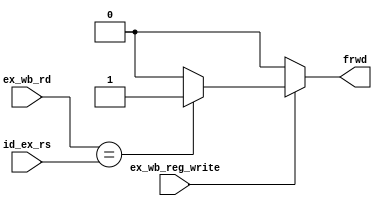
`timescale 1ns / 1ps
//////////////////////////////////////////////////////////////////////////////////
// Company: 
// Engineer: 
// 
// Design Name: 
// Module Name: frwdng_unit
// Project Name: 
// Target Devices: 
// Tool Versions: 
// Description: 
// 
// Dependencies: 
// 
// Revision:
// Revision 0.01 - File Created
// Additional Comments:
// 
//////////////////////////////////////////////////////////////////////////////////


module frwdng_unit(
input ex_wb_reg_write,
input [2:0] ex_wb_rd,
input [2:0] id_ex_rs,

output frwd
    );
    
    assign frwd = ex_wb_reg_write? (ex_wb_rd== id_ex_rs)? 1:0:0;
endmodule